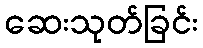
ဆေးသုတ်ခြင်း